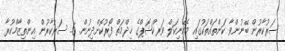
ސަރުކާރުން ބޭނުންވާ ކަންތައްތަކުގައި މެކޭނިކަލް ވަރކްޝޮޕްގެ ޚިދްމަތް ފޯރުކޮށްދިނުން. 6. ސަރުކާރުން އިންތިޒާމްކުރާ